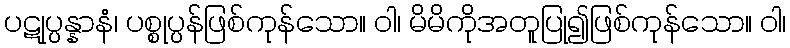
ပဋုပ္ပန္နာနံ၊ ပစ္စုပ္ပန်ဖြစ်ကုန်သော။ ဝါ၊ မိမိကိုအတူပြု၍ဖြစ်ကုန်သော။ ဝါ၊